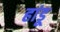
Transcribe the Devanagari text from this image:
हांडू